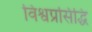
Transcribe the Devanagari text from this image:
विश्वप्रसिद्धि